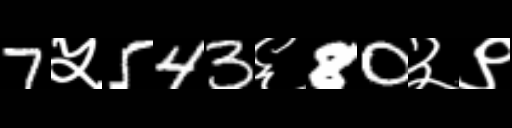
Text: 7५543६80३९